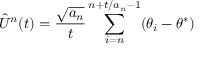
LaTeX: { \hat { U } } ^ { n } ( t ) = { \frac { \sqrt { a _ { n } } } { t } } \sum _ { i = n } ^ { n + t / a _ { n } - 1 } ( \theta _ { i } - \theta ^ { * } )